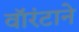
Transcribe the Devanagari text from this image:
वॉरंटाने